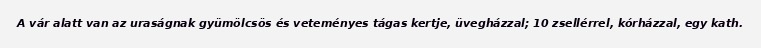
A vár alatt van az uraságnak gyümölcsös és veteményes tágas kertje, üvegházzal; 10 zsellérrel, kórházzal, egy kath.